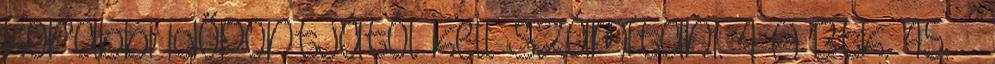
korábbi időpontjától kell számítani. 4 A Btk. 45. §